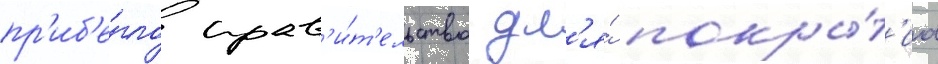
пр'иб'е́гло прав'и́т'ельство дл'я́ покры́т'иа